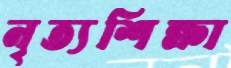
নৃত্যশিক্ষা